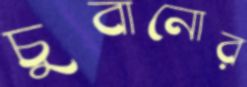
চুবানোর